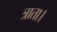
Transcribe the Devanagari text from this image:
त्राता।